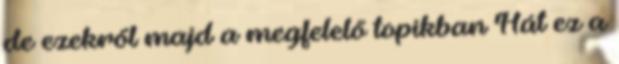
de ezekről majd a megfelelő topikban Hát ez a